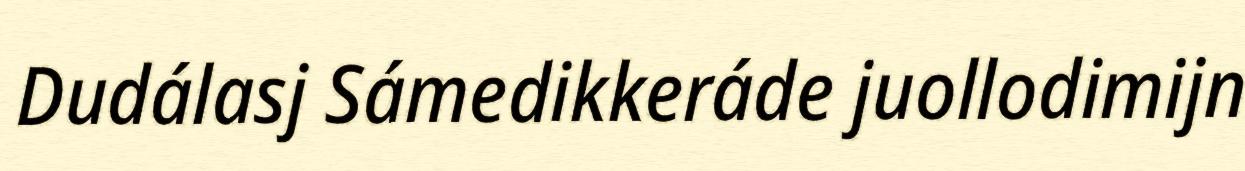
Dudálasj Sámedikkeráde juollodimijn